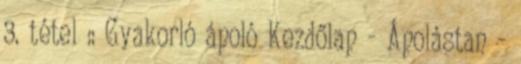
3. tétel :: Gyakorló ápoló Kezdőlap - Ápolástan -